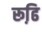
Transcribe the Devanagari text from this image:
रूढि़